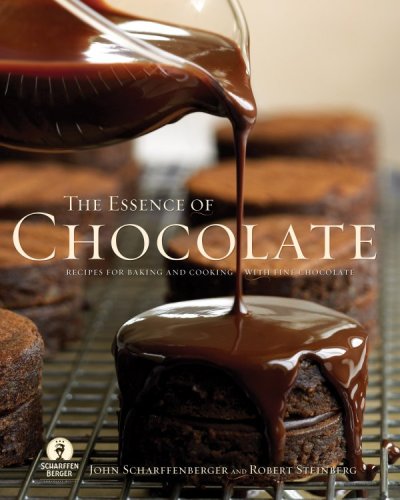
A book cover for Essence of Chocolate: Recipes for Baking and Cooking with Fine Chocolate; Robert Steinberg; Cookbooks, Food & Wine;